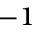
^ { - 1 }